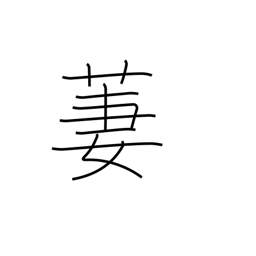
Meaning: beautiful